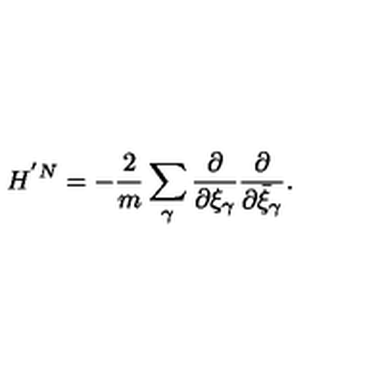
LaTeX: H ^ { ' N } = - \frac { 2 } { m } \sum _ { \gamma } \frac { \partial } { \partial \xi _ { \gamma } } \frac { \partial } { \partial \bar { \xi } _ { \gamma } } .